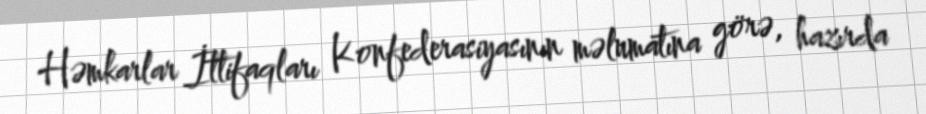
Həmkarlar İttifaqları Konfederasiyasının məlumatına görə, hazırda